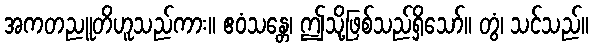
အကတညူတိဟူသည်ကား။ ဧဝံသန္တေ၊ ဤသို့ဖြစ်သည်ရှိသော်။ တွံ၊ သင်သည်။